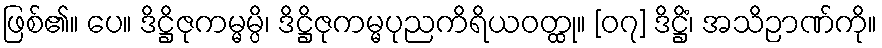
ဖြစ်၏။ ပေ။ ဒိဋ္ဌိဇုကမ္မမ္ပိ၊ ဒိဋ္ဌိဇုကမ္မပုညကိရိယဝတ္ထု။ [၀၇] ဒိဋ္ဌိံ၊ အသိဉာဏ်ကို။